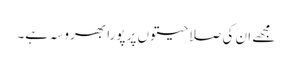
مجھے ان کی صلاحیتوں پر پورا بھروسہ ہے۔